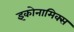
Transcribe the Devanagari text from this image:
इकोनामिक्स